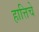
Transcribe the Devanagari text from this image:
हात्तिचे